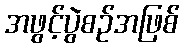
အဖွင့်ပွဲစဉ်အဖြစ်